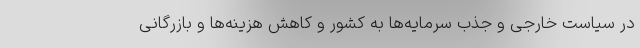
در سیاست خارجی و جذب سرمایه‌ها به کشور و کاهش هزینه‌ها و بازرگانی